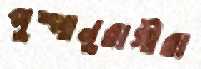
পুষ্পানুরাগীরা